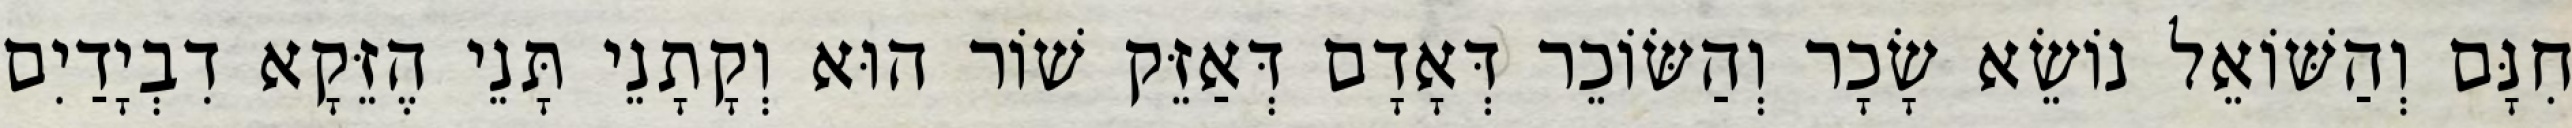
חִנָּם וְהַשּׁוֹאֵל נוֹשֵׂא שָׂכָר וְהַשּׂוֹכֵר דְּאָדָם דְּאַזֵּק שׁוֹר הוּא וְקָתָנֵי תָּנֵי הֶזֵּקָא דִבְיָדַיִם